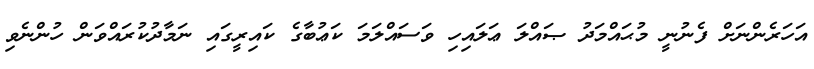
އަހަރެންނަށް ފެނުނީ މުޙައްމަދު ޞައްލަ ޢަލައިހި ވަސައްލަމަ ކަޢުބާގެ ކައިރީގައި ނަމާދުކުރައްވަން ހުންނެވި